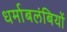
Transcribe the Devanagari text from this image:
धर्माबलंबियों